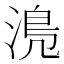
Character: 𣹋